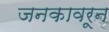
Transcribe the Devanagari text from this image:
जनकावरून